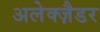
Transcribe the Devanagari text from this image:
अलेक्ज़ैडर